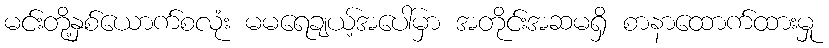
မင်းတို့နှစ်ယောက်စလုံး မမရေချယ့်အပေါ်မှာ အတိုင်းအဆမရှိ စာနာထောက်ထားမှု